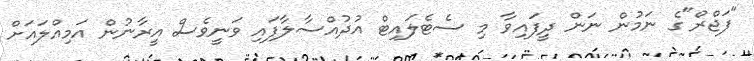
"ފަޖްރް"ގެ ނަމުން ނަން ދީފައިވާ މި ސެޓެލައިޓް އުދުއްސާލާފައި ވަނީވެސް އީރާނުން އަމިއްލައަށް